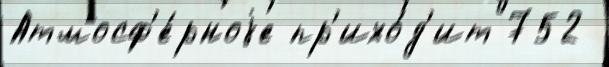
Атмосф'е́рноjе пр'ихо́д'ит 752